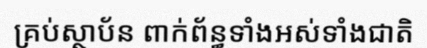
គ្រប់ស្ថាប័ន ពាក់ព័ន្ធទាំងអស់ទាំងជាតិ